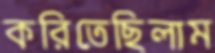
করিতেছিলাম